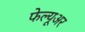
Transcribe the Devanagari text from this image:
फेल्यूअर